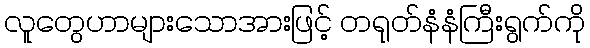
လူတွေဟာများသောအားဖြင့် တရုတ်နံနံကြီးရွက်ကို